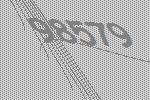
98579